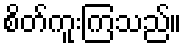
စိတ်ကူးကြသည်။